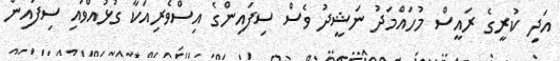
އަދި ކުރީގެ ރައީސް މުހައްމަދު ނަޝީދު ވެސް ސިފައިންގެ އިސްވެރިއަކާ ގުޅުއްވައި ސިފައިން